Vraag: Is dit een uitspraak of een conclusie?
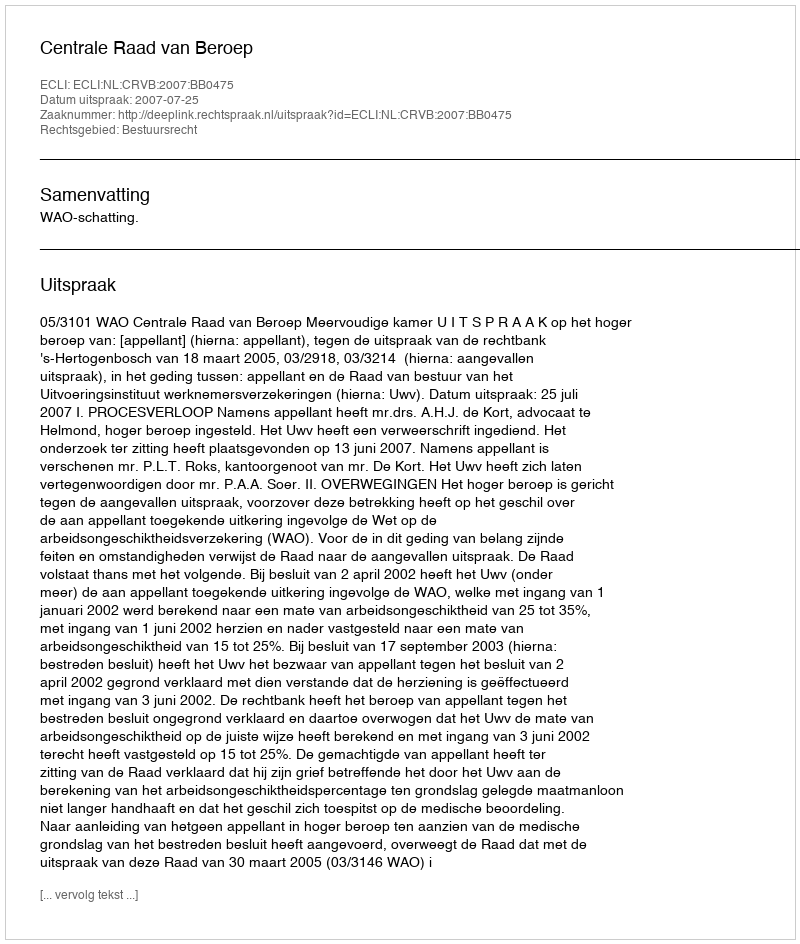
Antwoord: Uitspraak